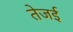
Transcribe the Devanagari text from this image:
तेजई